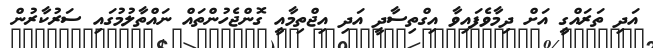
އަދި ތަރައްގީ އަށް ދިމާވެފައިވާ އިގްތިސާދީ އަދި އިޖްތިމާއީ ގޮންޖެހުންތައް ނައްތާލުމުގައި ސަރުކާރުން